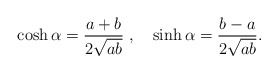
\begin{align*}\cosh \alpha = \frac{a+b}{2\sqrt{ab}} \ , \quad \sinh \alpha = \frac{b-a}{2\sqrt{ab}} . \end{align*}